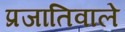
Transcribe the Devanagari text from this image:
प्रजातिवाले